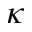
\kappa